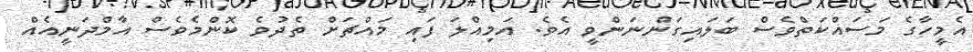
އެމީހާގެ މަސައްކަތްވެސް ބަލައިގަންނަންވީ އެވެ. އަމިއްލަ ފައި މައްޗަށް ތެދުވެ ކޮންމެވެސް އާމްދަނީއެއް